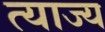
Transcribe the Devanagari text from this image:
त्‍याज्‍य